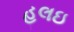
હલઇ